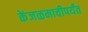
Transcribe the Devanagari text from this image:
केंजळमाचीपर्यंत